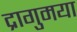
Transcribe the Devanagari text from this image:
द्रागुमया